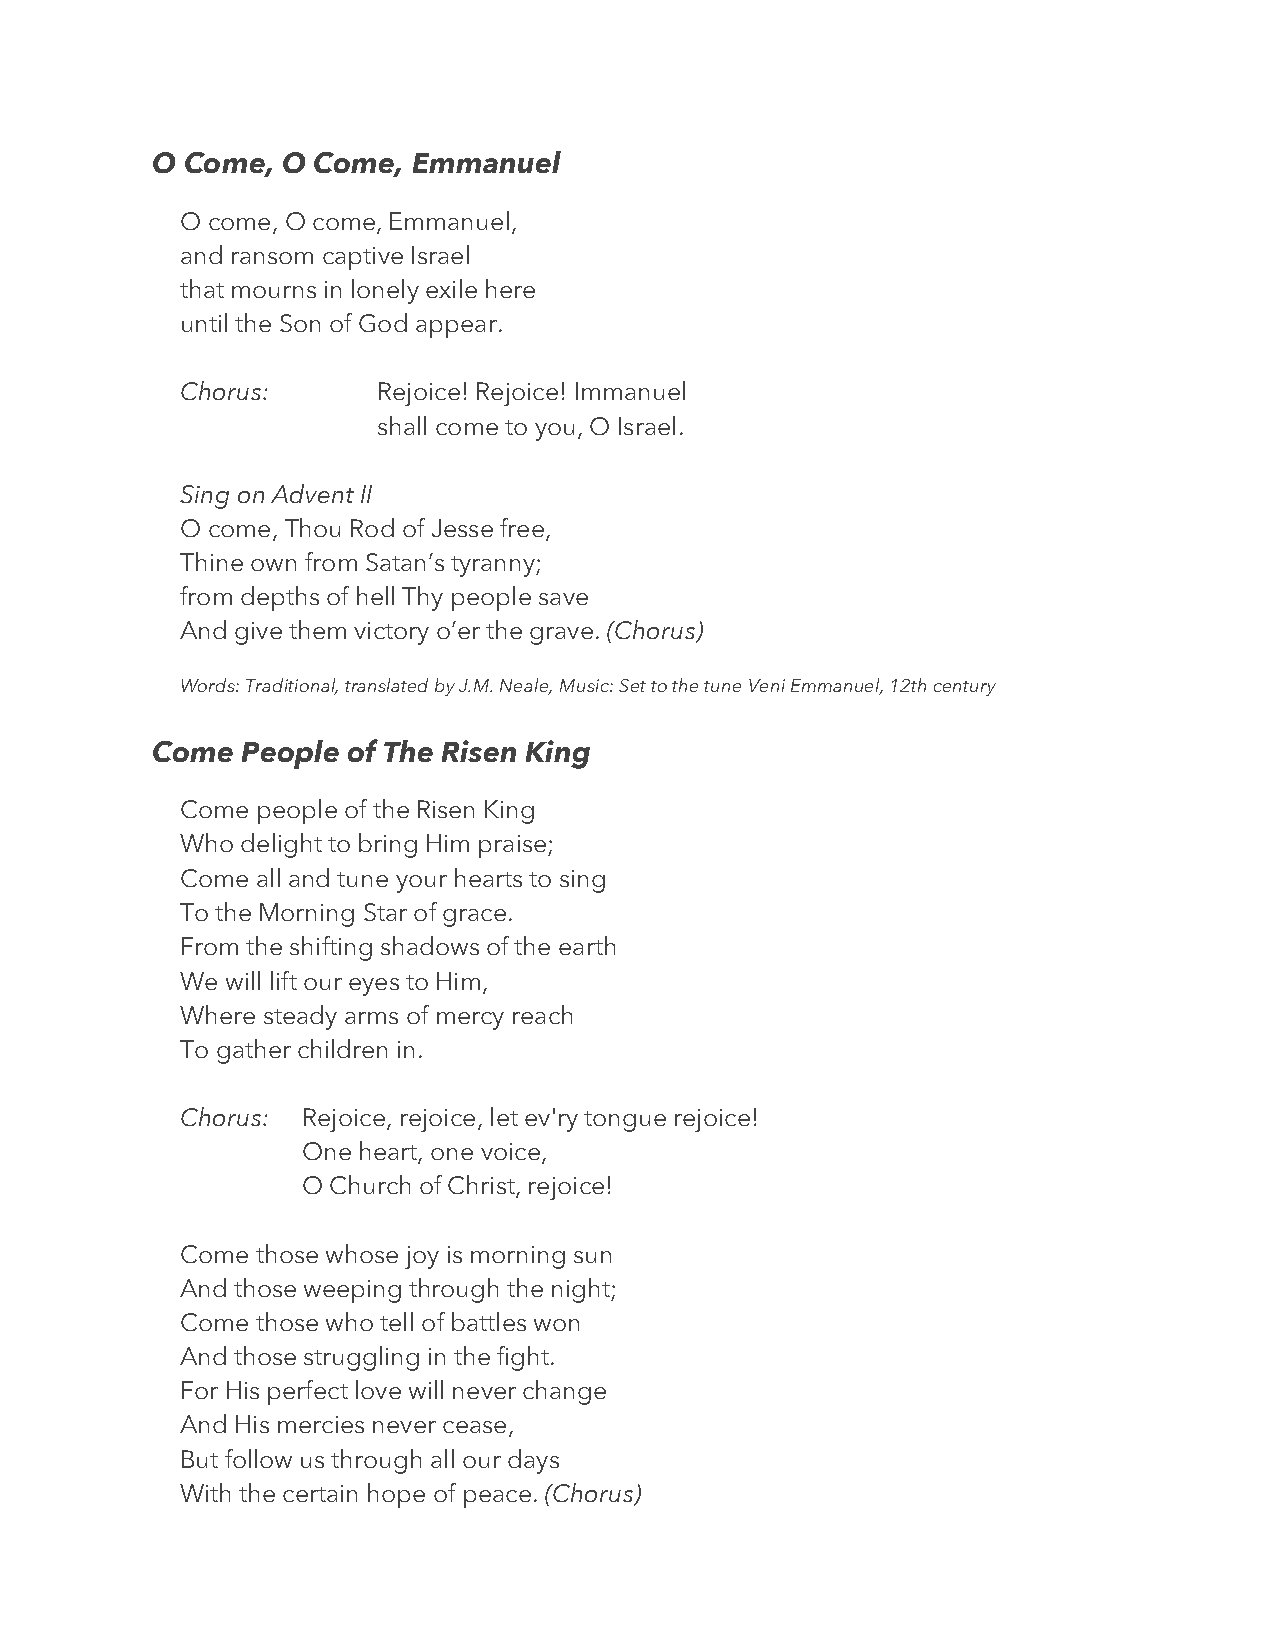
O Come,  O Come, Emmanuel
 O come, O come, Emmanuel,
 and ransom captive Israel
 that mourns in lonely exile here
 until the Son of God appear.
 Chorus:      Rejoice! Rejoice! Immanuel
 shall come to you, O Israel.
 Sing on Advent II
 O come, Thou Rod of Jesse free,
 Thine own from Satan’s tyranny;
 from depths of hell Thy people save
 And give them victory o’er the grave. (Chorus)
 Words: Traditional, translated by J.M. Neale, Music: Set to the tune Veni Emmanuel, 12th century
 Come  People of The Risen King
 Come people of the Risen King
 Who delight to bring Him praise;
 Come all and tune your hearts to sing
 To the Morning Star of grace.
 From the shifting shadows of the earth
 We will lift our eyes to Him,
 Where steady arms of mercy reach
 To gather children in.
 Chorus: Rejoice, rejoice, let ev'ry tongue rejoice!
 One heart, one voice,
 O Church of Christ, rejoice!
 Come those whose joy is morning sun
 And those weeping through the night;
 Come those who tell of battles won
 And those struggling in the fight.
 For His perfect love will never change
 And His mercies never cease,
 But follow us through all our days
 With the certain hope of peace. (Chorus)